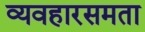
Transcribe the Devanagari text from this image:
व्यवहारसमता